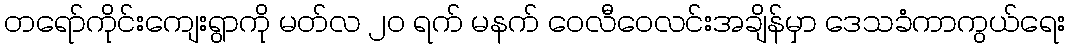
တရော်ကိုင်းကျေးရွာကို မတ်လ ၂၀ ရက် မနက် ဝေလီဝေလင်းအချိန်မှာ ဒေသခံကာကွယ်ရေး